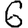
Digit: 6